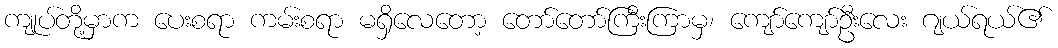
ကျုပ်တို့မှာက ပေးစရာ ကမ်းစရာ မရှိလေတော့ တော်တော်ကြီးကြာမှ၊ ကျော်ကျော်ဦးလေး ဂျယ်ရယ်၏